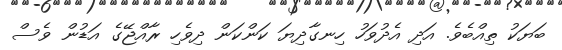
ބަޔަކު ތިއްބެވެ. އަދި އެދުވަހު ހިނގާދިޔަ ކަންކަން ދިވެހި ރާއްޖޭގެ އަޑުން ވެސް